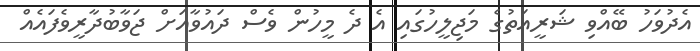
އެދުވަހު ބޭއްވި ޝަރީއަތުގެ މަޖިލީހުގައި އެ ދެ މީހުން ވެސް ދައުވާއަށް ޖަވާބުދާރީވެފައެއް